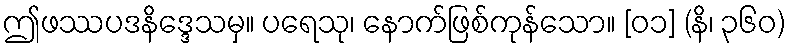
ဤဖဿပဒနိဒ္ဒေသမှ။ ပရေသု၊ နောက်ဖြစ်ကုန်သော။ [၀၁] (နိ၊ ၃၆၀)